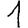
Digit: 1